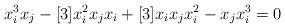
LaTeX: \begin{align*}x_i^3 x_j-[3]x_i^2x_jx_i+[3]x_ix_jx_i^2-x_jx_i^3=0\end{align*}